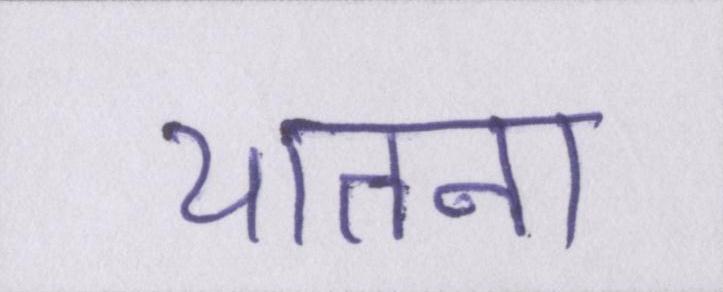
यातना